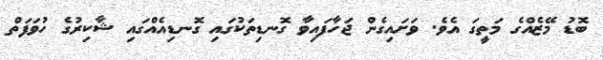
ބޮޑު މޭޒެއްގެ މަތީގަ އެވެ. ވަށައިގެން ޖަހާފައިވާ ގޮނޑިތަކުގައި ގޮނޑިއެއްގައި ޝާކިރުގެ ހުވަފަތް